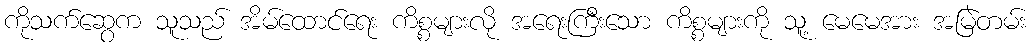
ကိုသက်ဆွေက သူသည် အိမ်ထောင်ရေး ကိစ္စများလို အရေးကြီးသော ကိစ္စများကို သူ့ မေမေအား အမြဲတမ်း